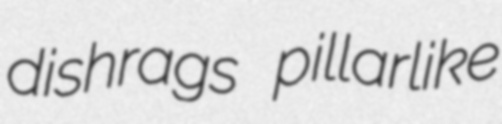
dishrags pillarlike